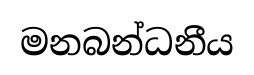
මනබන්ධනීය